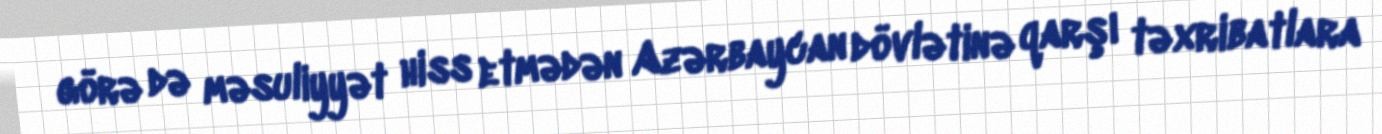
görə də məsuliyyət hiss etmədən Azərbaycan dövlətinə qarşı təxribatlara